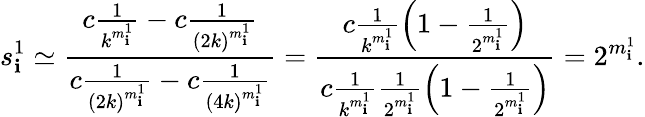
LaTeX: s_{\mathbf{i}}^{1}\simeq\frac{{c\frac{{1}}{{k^{m_{\mathbf{i}}^{1}}}}-c\frac{{1}}{{\left(2k\right)^{m_{\mathbf{i}}^{1}}}}}}{{c\frac{{1}}{{\left(2k\right)^{m_{\mathbf{i}}^{1}}}}-c\frac{{1}}{{\left(4k\right)^{m_{\mathbf{i}}^{1}}}}}}=\frac{{c\frac{{1}}{{k^{m_{\mathbf{i}}^{1}}}}\left(1-\frac{{1}}{{2^{m_{\mathbf{i}}^{1}}}}\right)}}{{c\frac{{1}}{{k^{m_{\mathbf{i}}^{1}}}}\frac{{1}}{{2^{m_{\mathbf{i}}^{1}}}}\left(1-\frac{{1}}{{2^{m_{\mathbf{i}}^{1}}}}\right)}}=2^{m_{\mathbf{i}}^{1}}.